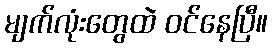
မျက်လုံးတွေထဲ ဝင်နေပြီ။